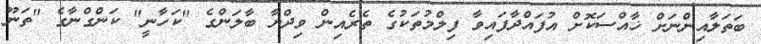
ބަތަލާއިންނަށް ޚާއްސަކޮށް އުފައްދާފައިވާ ފިލްމުތަކުގެ ތެރެއިން ވިދްޔާ ބާލަންގެ "ކަހާނީ" ކަންގްނާގެ "ތަނޫ